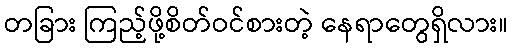
တခြား ကြည့်ဖို့စိတ်ဝင်စားတဲ့ နေရာတွေရှိလား။